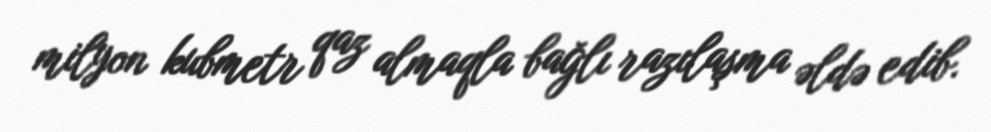
milyon kubmetr qaz almaqla bağlı razılaşma əldə edib.